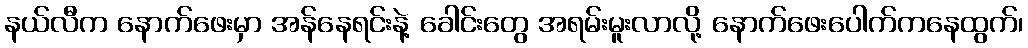
နယ်လီက နောက်ဖေးမှာ အန်နေရင်းနဲ့ ခေါင်းတွေ အရမ်းမူးလာလို့ နောက်ဖေးပေါက်ကနေထွက်၊